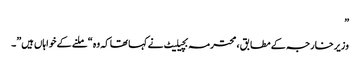
”
وزیر خارجہ کے مطابق ، محترمہ بچیلیٹ نے کہا تھا کہ وہ “ملنے کے خواہاں ہیں”۔